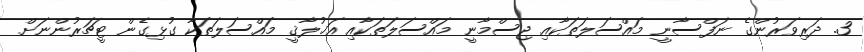
3. ދަރިވަރުންގެ ނަފްސާނީ މައްސަލަތަކާއި ޖިސްމާނީ މައްސަލަތަކާއި އަޚުލާޤީ މައްސަލަތަކާ ގުޅިގެން ޓީޗަރުންނަށް